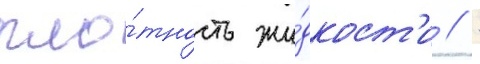
пло́тность жи́дкост'и // -